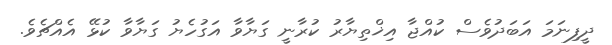
ދީފިނަމަ އަބަދުވެސް ކުއްޖާ އިޚްތިޔާރު ކުރާނީ ގަޔާވާ އަގުހެޔު ގަޔާވާ ކުޅޭ އެއްޗެވެ.